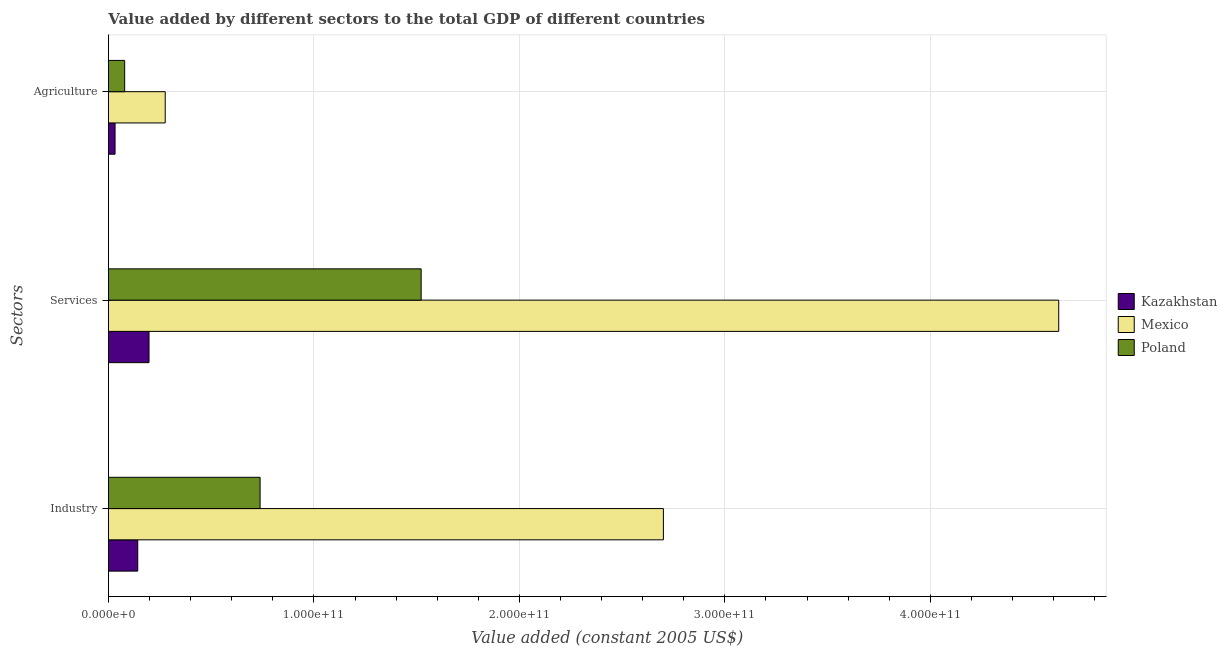
| Sectors | Kazakhstan | Mexico | Poland |
 | --- | --- | --- | --- |
 | Industry | 1.43e+10 | 2.7e+11 | 7.38e+10 |
 | Services | 1.97e+10 | 4.62e+11 | 1.52e+11 |
 | Agriculture | 3.22e+09 | 2.76e+10 | 7.9e+09 |